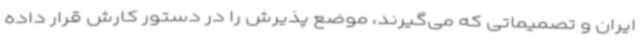
ایران و تصمیماتی که می‌گیرند، موضع پذیرش را در دستور کارش قرار داده